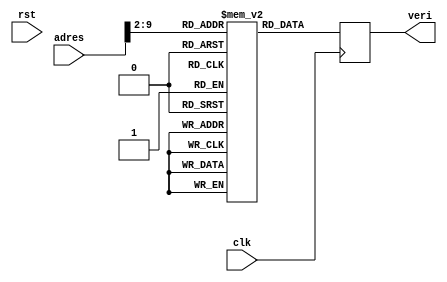
`timescale 1ns / 1ps
module buyruk_bellegi(
    input clk, rst,
    output [31:0] veri,
    input [31:0] adres
    );

    reg [31:0] buyruk_bellek [255:0];

    reg [31:0] veri_reg;

    always @(posedge clk) begin
        veri_reg = buyruk_bellek[adres >> 2];
    end

    assign veri = veri_reg;

endmodule